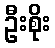
ဦးစိုး